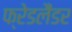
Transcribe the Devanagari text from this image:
फ्रेडलैंडर